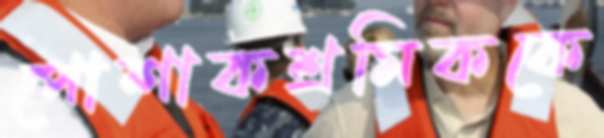
পোশাকশ্রমিককে